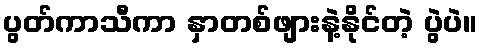
ပွတ်ကာသီကာ နှာတစ်ဖျားနဲ့နိုင်တဲ့ ပွဲပဲ။